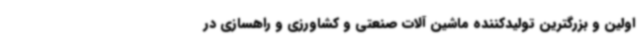
اولین و بزرگترین تولیدکننده ماشین آلات صنعتی و کشاورزی و راهسازی در